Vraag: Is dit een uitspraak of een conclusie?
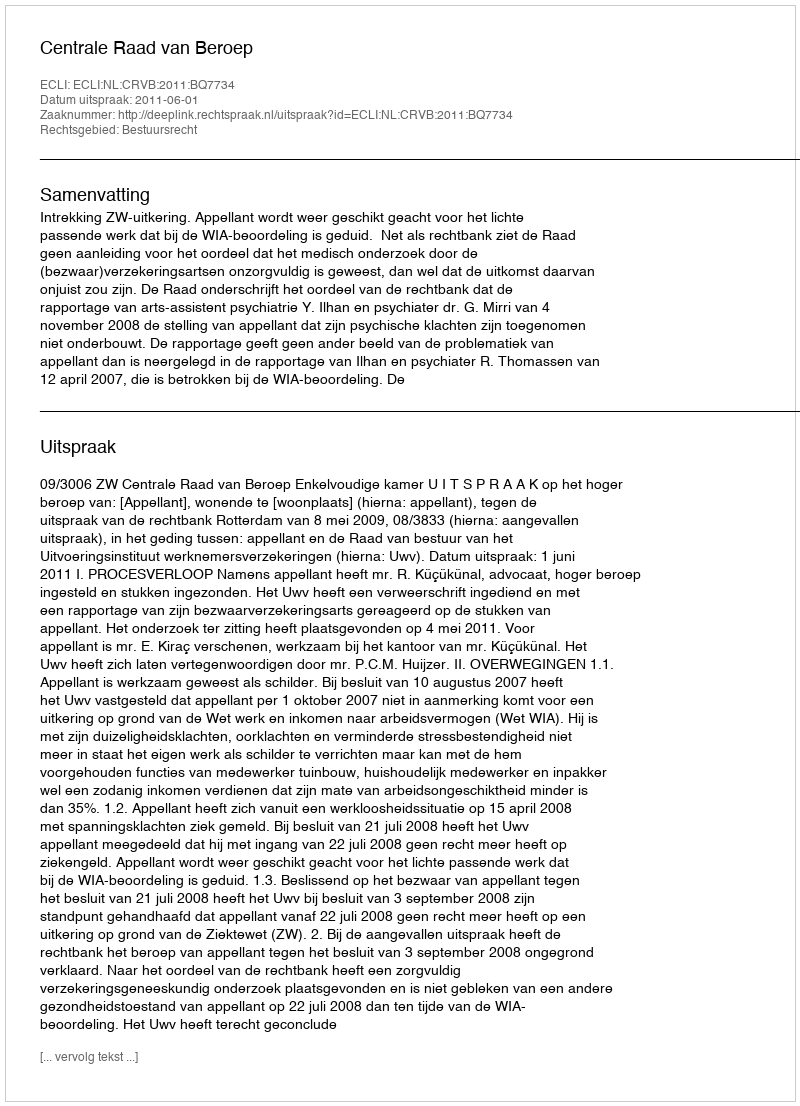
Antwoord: Uitspraak